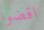
اقضوا